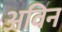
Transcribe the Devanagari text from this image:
अविन